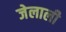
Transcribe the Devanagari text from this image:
जेलाली